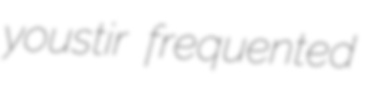
youstir frequented